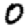
Digit: 0